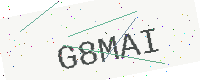
Text: G8MAI